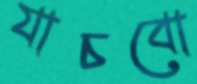
যাচবো